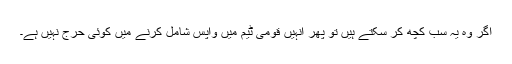
اگر وہ یہ سب کچھ کر سکتے ہیں تو پھر انہیں قومی ٹیم میں واپس شامل کرنے میں کوئی حرج نہیں ہے۔